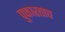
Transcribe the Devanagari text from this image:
पुकारताच